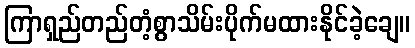
ကြာရှည်တည်တံ့စွာသိမ်းပိုက်မထားနိုင်ခဲ့ချေ။